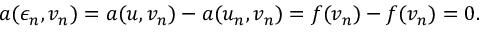
a ( \epsilon _ { n } , v _ { n } ) = a ( u , v _ { n } ) - a ( u _ { n } , v _ { n } ) = f ( v _ { n } ) - f ( v _ { n } ) = 0 .